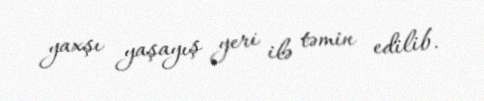
yaxşı yaşayış yeri ilə təmin edilib.